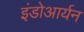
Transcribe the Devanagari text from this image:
इंडोआर्यन